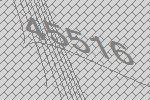
45516